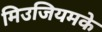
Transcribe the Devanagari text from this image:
मिउजियमके